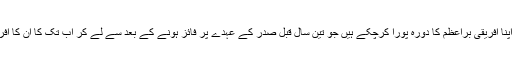
چینی صدر ہُو ژِن تاﺅ اپنا افریقی براعظم کا دورہ پورا کرچکے ہیں جو تین سال قبل صدر کے عہدے پر فائز ہونے کے بعد سے لے کر اب تک کا ان کا افریقہ کا دوسرا دورہ تھا۔